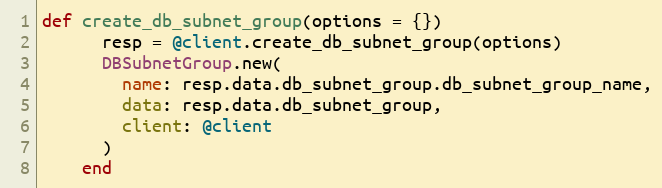
Language: Ruby
def create_db_subnet_group(options = {})
      resp = @client.create_db_subnet_group(options)
      DBSubnetGroup.new(
        name: resp.data.db_subnet_group.db_subnet_group_name,
        data: resp.data.db_subnet_group,
        client: @client
      )
    end